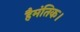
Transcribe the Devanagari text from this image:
हैमंतिक।